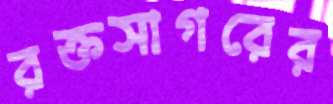
রক্তসাগরের